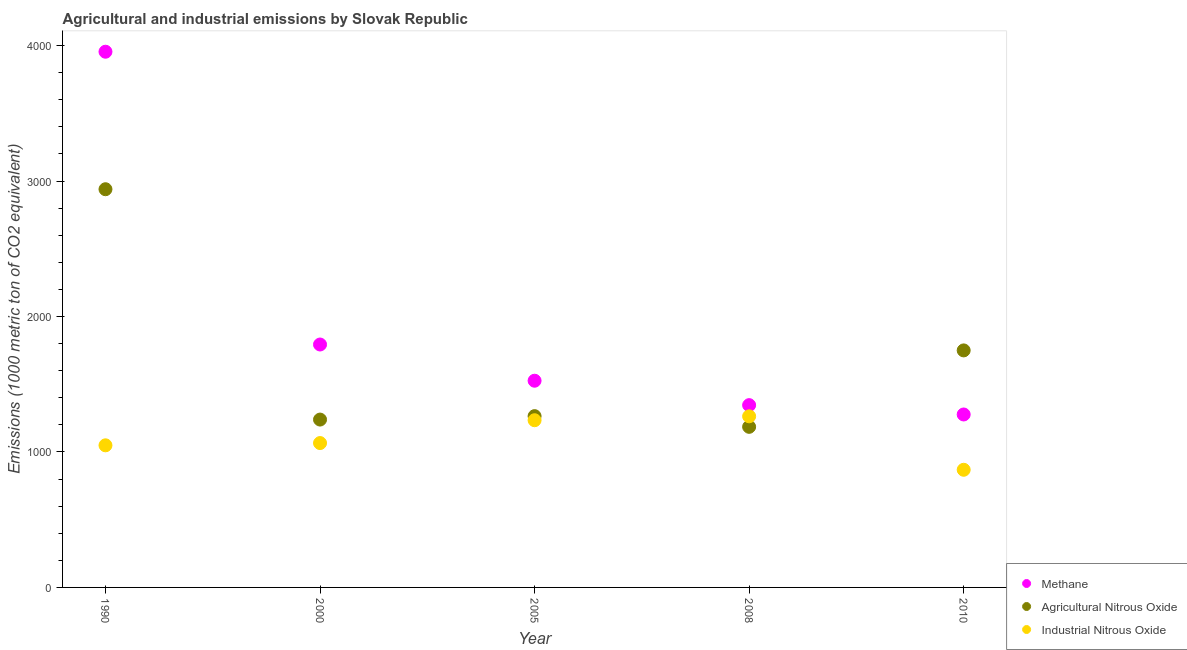
| Year | Methane | Agricultural Nitrous Oxide | Industrial Nitrous Oxide |
 | --- | --- | --- | --- |
 | 1990 | 3.95e+03 | 2.94e+03 | 1.05e+03 |
 | 2000 | 1.79e+03 | 1.24e+03 | 1.07e+03 |
 | 2005 | 1.53e+03 | 1.26e+03 | 1.23e+03 |
 | 2008 | 1.35e+03 | 1.19e+03 | 1.26e+03 |
 | 2010 | 1.28e+03 | 1.75e+03 | 868 |